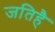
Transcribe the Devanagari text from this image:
जतिहै